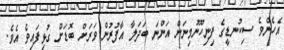
އެހެންވެ ސިކުނޑީގެ ފިނިހޫނުމިނަށް އަންނަ ބަދަލާ އާފުރުން ވަރަށް ބޮޑަށް ގުޅިފައިވެ އެވެ.